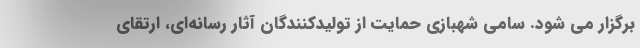
برگزار می شود. سامی شهبازی حمایت از تولیدکنندگان آثار رسانه‌ای، ارتقای